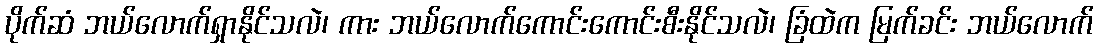
ပိုက်ဆံ ဘယ်လောက်ရှာနိုင်သလဲ၊ ကား ဘယ်လောက်ကောင်းကောင်းစီးနိုင်သလဲ၊ ခြံထဲက မြက်ခင်း ဘယ်လောက်